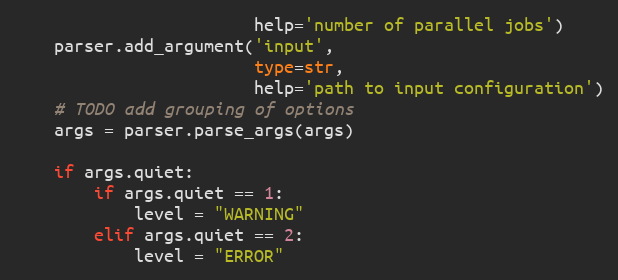
Language: Python
                        help='number of parallel jobs')
    parser.add_argument('input',
                        type=str,
                        help='path to input configuration')
    # TODO add grouping of options
    args = parser.parse_args(args)

    if args.quiet:
        if args.quiet == 1:
            level = "WARNING"
        elif args.quiet == 2:
            level = "ERROR"